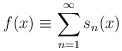
LaTeX: \begin{align*}f(x) \equiv \sum_{n=1}^\infty s_n(x)\end{align*}